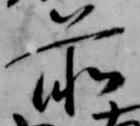
前